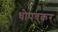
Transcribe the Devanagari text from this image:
धोपवकर